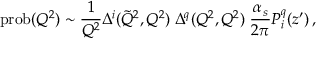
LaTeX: \mathrm { p r o b } ( Q ^ { 2 } ) \sim \frac { 1 } { Q ^ { 2 } } \Delta ^ { i } ( \tilde { Q } ^ { 2 } , Q ^ { 2 } ) \; \Delta ^ { q } ( Q ^ { 2 } , Q ^ { 2 } ) \; \frac { \alpha _ { s } } { 2 \pi } P _ { i } ^ { q } \! \left( z ^ { \prime } \right) ,